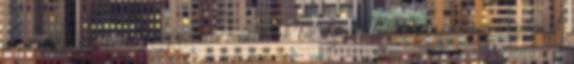
a projektpartnerek képviselői mutatták be az általuk képviselt szervezeteket,